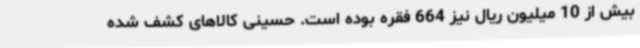
بیش از 10 میلیون ریال نیز 664 فقره بوده است. حسینی کالاهای کشف شده